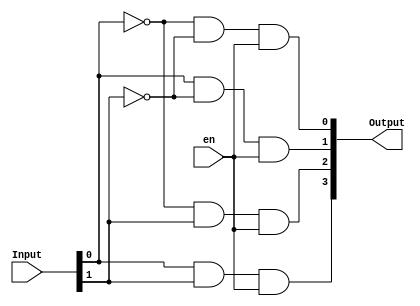
module Decoder2to4(Input , Output , en);
input [1:0]Input;
output [3:0]Output;
input en;
wire [1:0]nInput;
not not_0(nInput[0] , Input[0]);
not not_1(nInput[1] , Input[1]);

and and0(Output[0] , nInput[0] , nInput[1] , en);
and and1(Output[1] ,  Input[0] , nInput[1] , en);
and and2(Output[2] , nInput[0] ,  Input[1] , en);
and and3(Output[3] ,  Input[0] ,  Input[1] , en);

endmodule